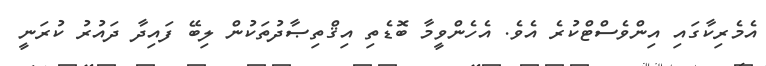
އެމެރިކާގައި އިންވެސްޓްކުރެ އެވެ. އެހެންވީމާ ބޮޑެތި އިޤްތިޞާދުތަކުން ލިބޭ ފައިދާ ދައުރު ކުރަނީ